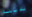
لدينا